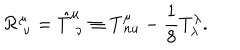
LaTeX: { \cal R } _ { \ \nu } ^ { \mu } = { \hat { T } } _ { \ \nu } ^ { \mu } \equiv T _ { \, n u } ^ { \mu } - { \frac { 1 } { 8 } } T _ { \lambda } ^ { \lambda } .